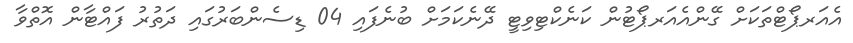
އެއަރޕޯޓްތަކަށް ގޭންއެއަރޕޯޓުން ކަނެކްޓިވިޓީ ދޭނެކަމަށް ބުނެފައި 04 ޑިސެންބަރުގައި ދަތުރު ފައްޓާން އޮތްވާ